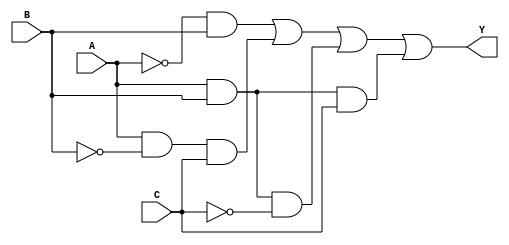
module comb_logic_block (
    input wire A,     // Input variable A
    input wire B,     // Input variable B
    input wire C,     // Input variable C
    output wire Y     // Output variable Y
);

// Internal signals
wire not_A, not_B, not_C;
wire term1, term2, term3, term4;

// Logic expression derived from a minimized representation
// Example minimized expression: Y = A'B + AB'C + ABC'

assign not_A = ~A; // NOT A
assign not_B = ~B; // NOT B
assign not_C = ~C; // NOT C

// Generating terms based on the minimized expression
assign term1 = not_A & B;           // A'B
assign term2 = A & not_B & C;       // AB'C
assign term3 = A & B & not_C;       // ABC'
assign term4 = A & B & C;           // ABC (if we assume it's included)

// Final output logic expression
assign Y = term1 | term2 | term3 | term4; // ORing all terms

endmodule